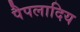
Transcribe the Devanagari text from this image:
पैपलादिय